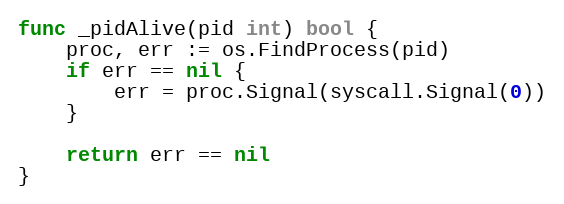
Language: Go
func _pidAlive(pid int) bool {
	proc, err := os.FindProcess(pid)
	if err == nil {
		err = proc.Signal(syscall.Signal(0))
	}

	return err == nil
}